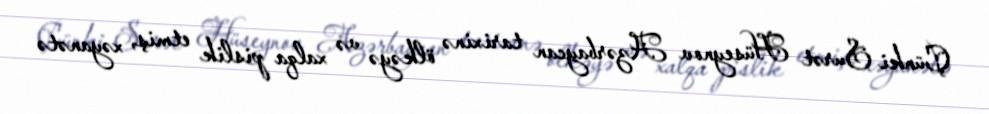
Çünki Surət Hüseynov Azərbaycan tarixinə ölkəyə və xalqa pislik etmiş, xəyanətə